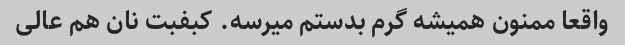
واقعا ممنون همیشه گرم بدستم میرسه. کبفبت نان هم عالی